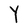
Character: Y